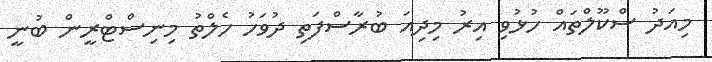
މިއަދު ސްކޫލްތައް ހުޅުވި އިރު މިދިއަ ބުރާސްފަތި ދުވަހު ހެލްތު މިނިސްޓްރީން ބުނީ